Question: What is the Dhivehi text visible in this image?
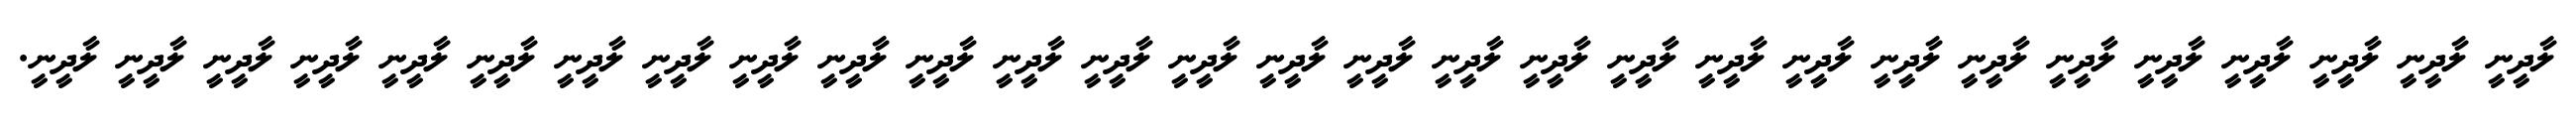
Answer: ލާދީނީ ލާދީނީ ލާދީނީ ލާދީނީ ލާދީނީ ލާދީނީ ލާދީނީ ލާދީނީ ލާދީނީ ލާދީނީ ލާދީނީ ލާދީނީ ލާދީނީ ލާދީނީ ލާދީނީ ލާދީނީ ލާދީނީ ލާދީނީ ލާދީނީ ލާދީނީ ލާދީނީ ލާދީނީ ލާދީނީ ލާދީނީ ލާދީނީ ލާދީނީ ލާދީނީ ލާދީނީ ލާދީނީ.